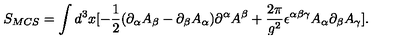
S _ { M C S } = \int d ^ { 3 } x [ - \frac { 1 } { 2 } ( \partial _ { \alpha } A _ { \beta } - \partial _ { \beta } A _ { \alpha } ) \partial ^ { \alpha } A ^ { \beta } + \frac { 2 \pi } { g ^ { 2 } } \epsilon ^ { \alpha \beta \gamma } A _ { \alpha } \partial _ { \beta } A _ { \gamma } ] .